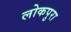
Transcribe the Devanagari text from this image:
लोकपुरा